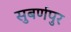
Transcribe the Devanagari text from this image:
सुबर्णपुर